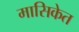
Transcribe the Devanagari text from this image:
मासिकेत